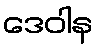
ဒေဝါန